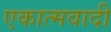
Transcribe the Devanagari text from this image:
एकात्मवादी